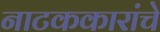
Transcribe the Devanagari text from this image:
नाटककारांचे